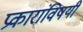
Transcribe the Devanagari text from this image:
प्रकारांविषयी